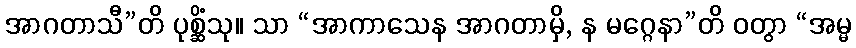
အာဂတာသီ”တိ ပုစ္ဆိံသု။ သာ “အာကာသေန အာဂတာမှိ, န မဂ္ဂေနာ”တိ ဝတွာ “အမ္မ